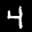
Label: 4